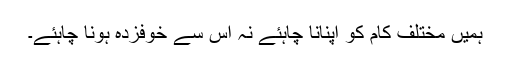
ہمیں مختلف کام کو اپنانا چاہئے نہ اس سے خوفزدہ ہونا چاہئے۔